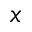
x